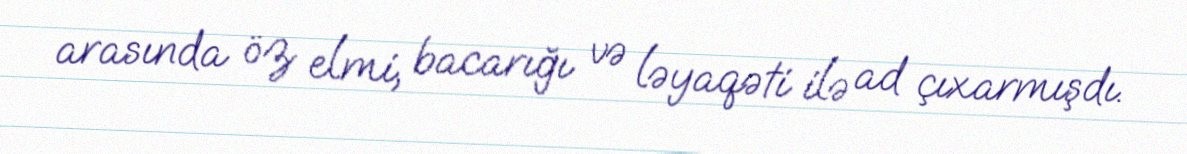
arasında öz elmi, bacarığı və ləyaqəti ilə ad çıxarmışdı.